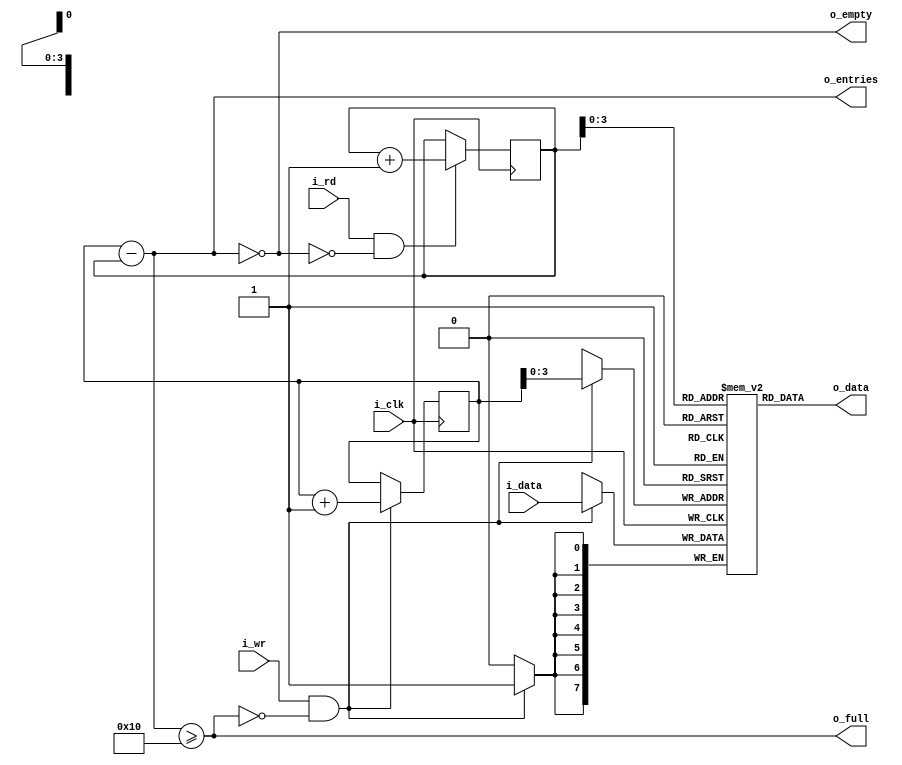
`default_nettype none


module fifo #(
	parameter FIFO_WIDTH = 8,
	parameter LOG_FIFO_DEPTH = 4)
	
	(
	input wire i_clk,
	input wire i_wr,
	input wire i_rd,
	input wire [FIFO_WIDTH - 1:0] i_data,
	output wire o_full,
	output wire o_empty,
	output reg [LOG_FIFO_DEPTH:0] o_entries,
	output reg [FIFO_WIDTH - 1:0] o_data
);

	reg [LOG_FIFO_DEPTH:0] rd_addr, wr_addr;
	wire rd_req, wr_req;

	assign rd_req = i_rd && (!o_empty);
	assign wr_req = i_wr && (!o_full);

	initial
		rd_addr = 0;
	always @(posedge i_clk) begin
		if (rd_req)
			rd_addr <= rd_addr + 1;
	end

	initial
		wr_addr = 0;
	always @(posedge i_clk) begin
		if (wr_req)
			wr_addr <= wr_addr + 1;
	end

	// MEMORY SECTION
	reg [FIFO_WIDTH - 1:0] fifo_mem [(1 << LOG_FIFO_DEPTH) - 1 :0];
	always @(posedge i_clk)
		if (wr_req)
			fifo_mem[wr_addr[LOG_FIFO_DEPTH - 1:0]] <= i_data;

	always @(*)
		o_data = fifo_mem[rd_addr[LOG_FIFO_DEPTH - 1:0]];

	wire [LOG_FIFO_DEPTH:0] entries;
	assign entries = wr_addr - rd_addr;

	always @(*)
		o_entries = entries;

	assign o_full = (entries >= {1'b1, {(LOG_FIFO_DEPTH){1'b0}}});
	assign o_empty = (entries == 0);

	`ifdef FORMAL
		reg f_past_valid;
		initial
			f_past_valid = 0;
		always @(posedge i_clk)
			f_past_valid <= 1'b1;

		always @(*)
			assert (entries <= (1 << LOG_FIFO_DEPTH));

		reg [FIFO_WIDTH - 1:0] past_memdata;
		always @(posedge i_clk) begin
			past_memdata <= fifo_mem[(wr_addr[LOG_FIFO_DEPTH - 1:0])];
			if (f_past_valid && $past(o_full)) begin
				assert (past_memdata == fifo_mem[(wr_addr[LOG_FIFO_DEPTH - 1:0])]);
			end

			if (f_past_valid && $past(o_empty))
				assert($stable(rd_addr));
			
			if (f_past_valid && $past(o_full))
				assert($stable(wr_addr));
		end

		//Formal Contract
		// Write two values, read back again in order
		
		(* anyconst *) reg [LOG_FIFO_DEPTH:0] f_first_data_addr;
		reg [LOG_FIFO_DEPTH:0] f_second_data_addr;
		(* anyconst *) reg [LOG_FIFO_DEPTH-1:0] f_diff_addr;
		(* anyconst *) reg [FIFO_WIDTH - 1:0] f_first_data, f_second_data;

		// check addr is inside the fifo
		reg f_first_data_addr_inside_fifo;
		reg f_second_data_addr_inside_fifo;
		always @(*) begin
			assume (f_diff_addr > 0); // has to be neither 0 or contract test is invalid
			f_first_data_addr_inside_fifo = ((entries != 0) && ((f_first_data_addr - rd_addr) < entries));
			f_second_data_addr_inside_fifo = ((entries != 0) && ((f_second_data_addr - rd_addr) < entries));
			f_second_data_addr = f_first_data_addr + {1'b0, f_diff_addr}; // has to be less than 2 ^ LOG_FIFO_DEPTH because it is impossible to write second after first without reading first in between
		end

		reg [1:0] f_contract_state;
		reg f_finish;
		initial begin
			f_contract_state = 0;
			f_finish = 0;
		end

		always @(posedge i_clk) begin
			case (f_contract_state)
				2'h00: begin
					// first data written
					if ((wr_req == 1'b1) && (wr_addr == f_first_data_addr) && (i_data == f_first_data))
						f_contract_state <= 2'd1;
				end
				2'h01: begin
					// if first data read before the
					// second data written
					if ((rd_req == 1'b1) && (rd_addr == f_first_data_addr)) begin
						assert(o_data == f_first_data);
						f_contract_state <= 2'd0;
					end
					// second data is written
					else if ((wr_req == 1'b1) && (wr_addr == f_second_data_addr) && (i_data == f_second_data)) begin
						f_contract_state <= 2'd2;
					end
				end
				2'h02: begin
					// first data read
					if ((rd_req == 1'b1) && (rd_addr == f_first_data_addr)) begin
						assert (o_data == f_first_data);
						f_contract_state <= 2'd3;
					end
				end
				2'h03: begin
					if (!f_finish && (rd_req == 1'b1) && (rd_addr == f_second_data_addr)) begin
						assert (o_data == f_second_data);
						f_finish <= 1'b1;
					end
				end

			endcase
		end

		always @(*) begin
			case (f_contract_state)
				2'h1: begin
					assert (f_first_data_addr_inside_fifo);
					assert (fifo_mem[f_first_data_addr[LOG_FIFO_DEPTH-1:0]] == f_first_data);
				end
				2'h2 : begin
					assert (f_first_data_addr_inside_fifo);
					assert (fifo_mem[f_first_data_addr[LOG_FIFO_DEPTH-1:0]] == f_first_data);
					assert (f_second_data_addr_inside_fifo);
					assert (fifo_mem[f_second_data_addr[LOG_FIFO_DEPTH-1:0]] == f_second_data);
				end
				2'h3 : begin
					if (f_finish == 1'b0) begin
						assert (f_second_data_addr_inside_fifo);
						assert (fifo_mem[f_second_data_addr[LOG_FIFO_DEPTH-1:0]] == f_second_data);
					end
				end
			endcase
		end

		reg f_was_full;
		initial
			f_was_full = 0; 
		always @(posedge i_clk)
			if (o_full)
				f_was_full <= 1'b1;
		always @(posedge i_clk)
			cover (f_finish);
		always @(posedge i_clk)
			cover (f_past_valid && $fell(o_full));
		always @(posedge i_clk)
			cover (f_past_valid && f_was_full && $fell(o_empty));
	`endif

endmodule